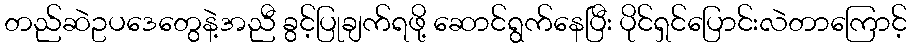
တည်ဆဲဥပဒေတွေနဲ့အညီ ခွင့်ပြုချက်ရဖို့ ဆောင်ရွက်နေပြီး ပိုင်ရှင်ပြောင်းလဲတာကြောင့်